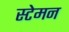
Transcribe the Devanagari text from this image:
स्टेमन